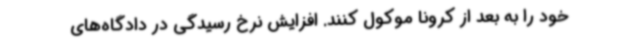
خود را به بعد از کرونا موکول کنند. افزایش نرخ رسیدگی در دادگاه‌های